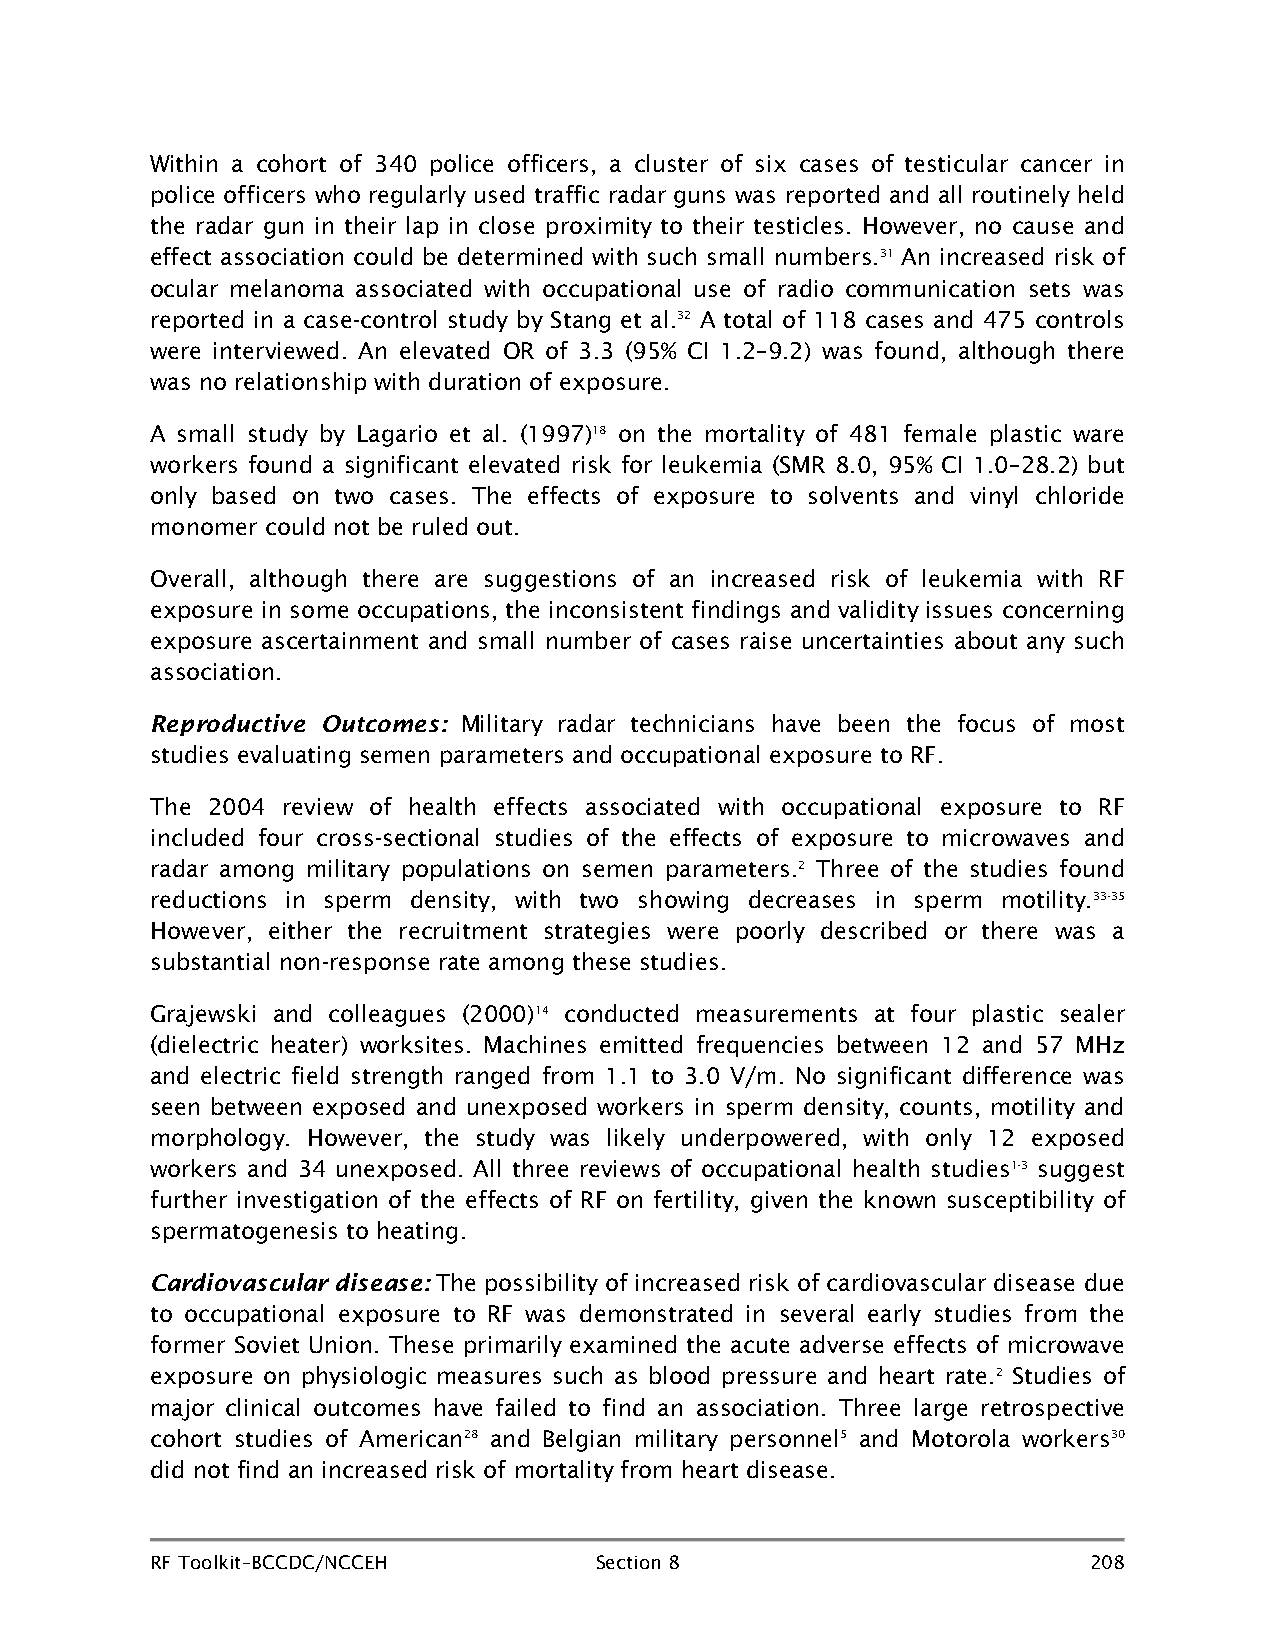
Within a cohort of 340 police officers, a cluster of six cases of testicular cancer in
 police officers who regularly used traffic radar guns was reported and all routinely held
 the radar gun in their lap in close proximity to their testicles. However, no cause and
 effect association could be determined with such small numbers.31 An increased risk of
 ocular melanoma associated with occupational use of radio communication sets was
 reported in a case-control study by Stang et al.32 A total of 118 cases and 475 controls
 were interviewed. An elevated OR of 3.3 (95% CI 1.2–9.2) was found, although there
 was no relationship with duration of exposure.
 A small study by Lagario et al. (1997)18 on the mortality of 481 female plastic ware
 workers found a significant elevated risk for leukemia (SMR 8.0, 95% CI 1.0–28.2) but
 only based on two cases. The effects of exposure to solvents and vinyl chloride
 monomer could not be ruled out.
 Overall, although there are suggestions of an increased risk of leukemia with RF
 exposure in some occupations, the inconsistent findings and validity issues concerning
 exposure ascertainment and small number of cases raise uncertainties about any such
 association.
 Reproductive Outcomes: Military radar technicians have been the focus of most
 studies evaluating semen parameters and occupational exposure to RF.
 The 2004 review of health effects associated with occupational exposure to RF
 included four cross-sectional studies of the effects of exposure to microwaves and
 radar among military populations on semen parameters.2 Three of the studies found
 reductions in sperm density, with two showing decreases in sperm motility.33-35
 However, either the recruitment strategies were poorly described or there was a
 substantial non-response rate among these studies.
 Grajewski and colleagues (2000)14 conducted measurements at four plastic sealer
 (dielectric heater) worksites. Machines emitted frequencies between 12 and 57 MHz
 and electric field strength ranged from 1.1 to 3.0 V/m. No significant difference was
 seen between exposed and unexposed workers in sperm density, counts, motility and
 morphology. However, the study was likely underpowered, with only 12 exposed
 workers and 34 unexposed. All three reviews of occupational health studies1-3 suggest
 further investigation of the effects of RF on fertility, given the known susceptibility of
 spermatogenesis to heating.
 Cardiovascular disease: The possibility of increased risk of cardiovascular disease due
 to occupational exposure to RF was demonstrated in several early studies from the
 former Soviet Union. These primarily examined the acute adverse effects of microwave
 exposure on physiologic measures such as blood pressure and heart rate.2 Studies of
 major clinical outcomes have failed to find an association. Three large retrospective
 cohort studies of American28 and Belgian military personnel5 and Motorola workers30
 did not find an increased risk of mortality from heart disease.
 RF Toolkit–BCCDC/NCCEH       Section 8                        208